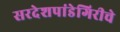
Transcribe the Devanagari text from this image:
सरदेशपांडेगिरीचे